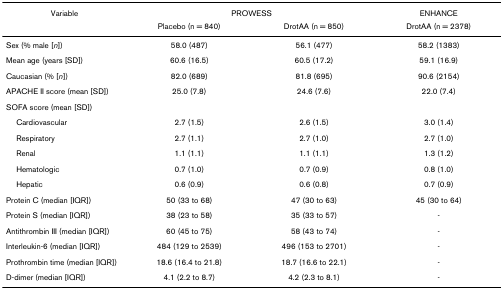
<table><thead><tr><td><b>Variable</b></td><td colspan="2"><b>PROWESS</b></td><td><b>ENHANCE</b></td></tr><tr><td></td><td><b>Placebo (n = 840)</b></td><td><b>DrotAA (n = 850)</b></td><td><b>DrotAA (n = 2378)</b></td></tr></thead><tbody><tr><td>Sex (% male [<i>n</i>])</td><td>58.0 (487)</td><td>56.1 (477)</td><td>58.2 (1383)</td></tr><tr><td>Mean age (years [SD])</td><td>60.6 (16.5)</td><td>60.5 (17.2)</td><td>59.1 (16.9)</td></tr><tr><td>Caucasian (% [<i>n</i>])</td><td>82.0 (689)</td><td>81.8 (695)</td><td>90.6 (2154)</td></tr><tr><td>APACHE II score (mean [SD])</td><td>25.0 (7.8)</td><td>24.6 (7.6)</td><td>22.0 (7.4)</td></tr><tr><td>SOFA score (mean [SD])</td><td></td><td></td><td></td></tr><tr><td> Cardiovascular</td><td>2.7 (1.5)</td><td>2.6 (1.5)</td><td>3.0 (1.4)</td></tr><tr><td> Respiratory</td><td>2.7 (1.1)</td><td>2.7 (1.0)</td><td>2.7 (1.0)</td></tr><tr><td> Renal</td><td>1.1 (1.1)</td><td>1.1 (1.1)</td><td>1.3 (1.2)</td></tr><tr><td> Hematologic</td><td>0.7 (1.0)</td><td>0.7 (0.9)</td><td>0.8 (1.0)</td></tr><tr><td> Hepatic</td><td>0.6 (0.9)</td><td>0.6 (0.8)</td><td>0.7 (0.9)</td></tr><tr><td>Protein C (median [IQR])</td><td>50 (33 to 68)</td><td>47 (30 to 63)</td><td>45 (30 to 64)</td></tr><tr><td>Protein S (median [IQR])</td><td>38 (23 to 58)</td><td>35 (33 to 57)</td><td>-</td></tr><tr><td>Antithrombin III (median [IQR])</td><td>60 (45 to 75)</td><td>58 (43 to 74)</td><td>-</td></tr><tr><td>Interleukin-6 (median [IQR])</td><td>484 (129 to 2539)</td><td>496 (153 to 2701)</td><td>-</td></tr><tr><td>Prothrombin time (median [IQR])</td><td>18.6 (16.4 to 21.8)</td><td>18.7 (16.6 to 22.1)</td><td>-</td></tr><tr><td>D-dimer (median [IQR])</td><td>4.1 (2.2 to 8.7)</td><td>4.2 (2.3 to 8.1)</td><td>-</td></tr></tbody></table>